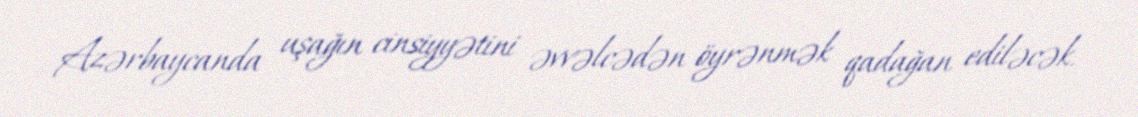
Azərbaycanda uşağın cinsiyyətini əvvəlcədən öyrənmək qadağan ediləcək.